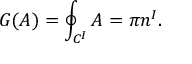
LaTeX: G ( A ) = \oint _ { { \cal C } ^ { I } } A = \pi n ^ { I } .